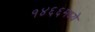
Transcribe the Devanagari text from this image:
१४६६मध्ये